Indian journal of veterinary science and animal husbandry - Volume 7,
Year: 1937
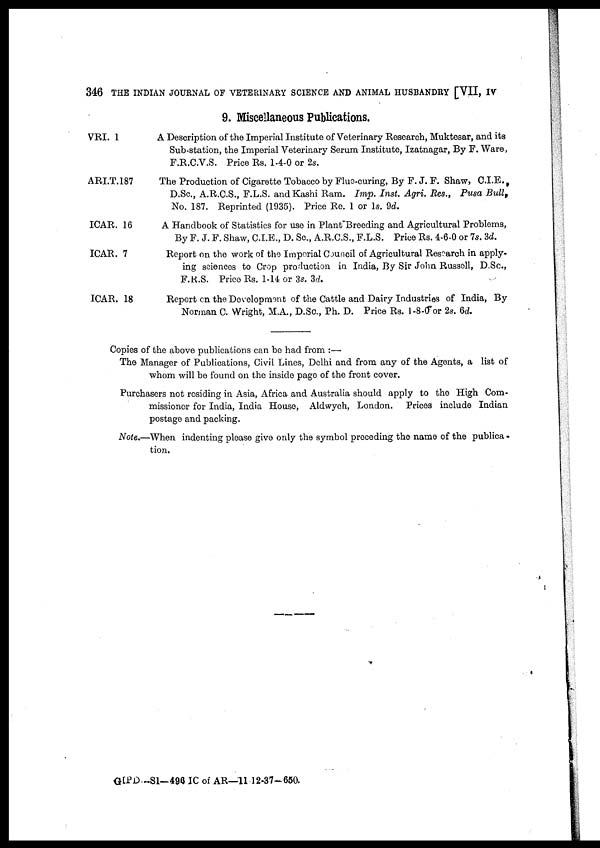
346 THE INDIAN JOURNAL OF VETERINARY SCIENCE AND ANIMAL HUSBANDRY [VII, IV
9. Miscellaneous Publications.
VRI. 1
ARI.T.187
ICAR. 16
ICAR. 7
ICAR. 18
A Description of the Imperial Institute of Veterinary Research, Muktesar, and its
Sub-station, the Imperial Veterinary Serum Institute, Izatnagar, By F. Ware,
F.R.C.V.S. Price Rs. 1-4-0 or 2s.
The Production of Cigarette Tobacco by Flue-curing, By F. J. F. Shaw, C.I.E. ,
D.Sc., A.R.C.S., F.L.S. and Kashi Ram. Imp. Inst. Agri. Res., Pusa Bull,
No. 187. Reprinted (1935). Price Re. 1 or 1s. 9d.
A Handbook of Statistics for use in Plant Breeding and Agricultural Problems,
By F. J. F. Shaw, C.I.E., D. Sc., A.R.C.S., F.L.S. Price Rs. 4-6-0 or 7s. 3d.
Report on the work of the Imperial Council of Agricultural Research in apply-
ing sciences to Crop production in India, By Sir John Russell, D.Sc.,
F.R.S. Price Rs. 1-14 or 3s. 3d.
Report on the Development of the Cattle and Dairy Industries of India, By
Norman C. Wright, M.A., D.Sc., Ph. D. Price Rs. l-8-0 or 2s. 6d.
Copies of the above publications can be had from :—
The Manager of Publications, Civil Lines, Delhi and from any of the Agents, a list of
whom will be found on the inside page of the front cover.
Purchasers not residing in Asia, Africa and Australia should apply to the High Com-
missioner for India, India House, Aldwych, London. Prices include Indian
postage and packing.
Note.—When indenting please give only the symbol preceding the name of the publica-
tion.
GIPD-S1—496 IC of AR—11 12-37-650.